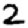
Digit: 2